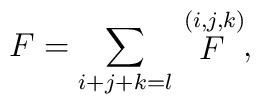
F=\sum\limits_{i+j+k=l}\stackrel{(i,j,k)}{F},